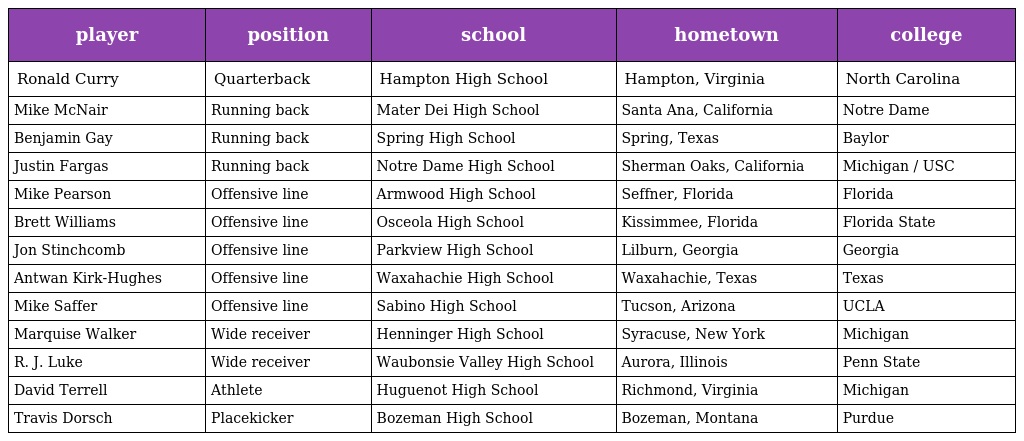
| player | position | school | hometown | college |
 | --- | --- | --- | --- | --- |
 | Ronald Curry | Quarterback | Hampton High School | Hampton, Virginia | North Carolina |
 | Mike McNair | Running back | Mater Dei High School | Santa Ana, California | Notre Dame |
 | Benjamin Gay | Running back | Spring High School | Spring, Texas | Baylor |
 | Justin Fargas | Running back | Notre Dame High School | Sherman Oaks, California | Michigan / USC |
 | Mike Pearson | Offensive line | Armwood High School | Seffner, Florida | Florida |
 | Brett Williams | Offensive line | Osceola High School | Kissimmee, Florida | Florida State |
 | Jon Stinchcomb | Offensive line | Parkview High School | Lilburn, Georgia | Georgia |
 | Antwan Kirk-Hughes | Offensive line | Waxahachie High School | Waxahachie, Texas | Texas |
 | Mike Saffer | Offensive line | Sabino High School | Tucson, Arizona | UCLA |
 | Marquise Walker | Wide receiver | Henninger High School | Syracuse, New York | Michigan |
 | R. J. Luke | Wide receiver | Waubonsie Valley High School | Aurora, Illinois | Penn State |
 | David Terrell | Athlete | Huguenot High School | Richmond, Virginia | Michigan |
 | Travis Dorsch | Placekicker | Bozeman High School | Bozeman, Montana | Purdue |